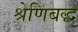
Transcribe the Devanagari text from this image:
श्रेणिबद्ध